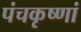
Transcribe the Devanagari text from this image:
पंचकृष्णां